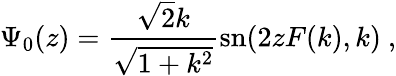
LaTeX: \Psi_{0}(z)={\frac{\sqrt{2}k}{\sqrt{1+k^{2}}}}\mathrm{sn}(2zF(k),k)\ ,